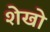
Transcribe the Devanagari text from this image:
शेखो